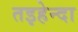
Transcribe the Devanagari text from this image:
तइहेन्दा